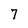
Character: 7